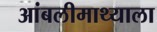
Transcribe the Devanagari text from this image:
आंबलीमाथ्याला